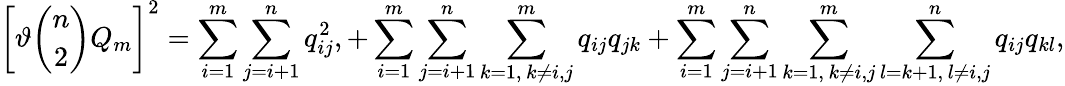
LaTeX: \left[\vartheta\binom{n}{2}Q_{m}\right]^{2}=\sum_{i=1}^{m}\sum_{j=i+1}^{n}q_{ij}^{2},+\sum_{i=1}^{m}\sum_{j=i+1}^{n}\sum_{\substack{k=1,\, k\neq i,j}}^{m}q_{ij}q_{jk}+\sum_{i=1}^{m}\sum_{j=i+1}^{n}\sum_{\substack{k=1,\, k\neq i,j}}^{m}\sum_{\substack{l=k+1,\, l\neq i,j}}^{n}q_{ij}q_{kl},